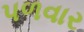
પળવાર